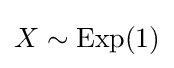
X\sim {\text{Exp}}(1)